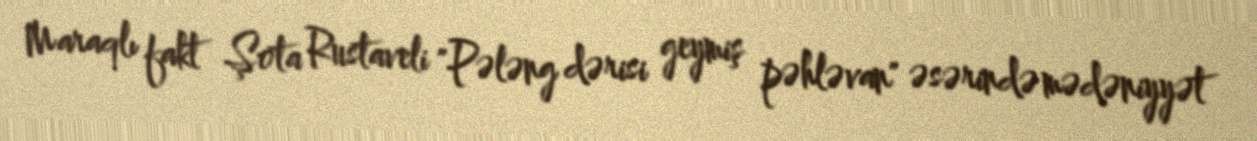
Maraqlı fakt Şota Rustaveli "Pələng dərisi geymiş pəhləvan" əsərində mədəniyyət